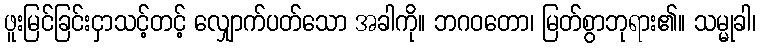
ဖူးမြင်ခြင်းငှာသင့်တင့် လျှောက်ပတ်သော အခါကို။ ဘဂဝတော၊ မြတ်စွာဘုရား၏။ သမ္မုခါ၊